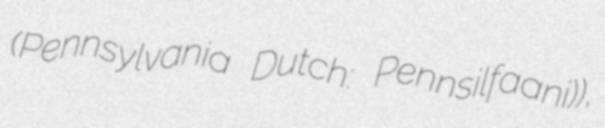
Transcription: (Pennsylvania Dutch: Pennsilfaani)),